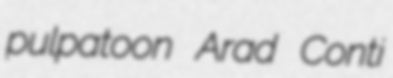
pulpatoon Arad Conti